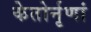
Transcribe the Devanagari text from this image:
केतोर्नृणां